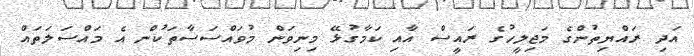
އަދި ރައްޔިތުންގެ މަޖިލީހުގެ ރައީސް އާއި ކަމާގުޅޭ މިނިވަން މުވައްސަސާތަކުން އެ މައްސަލަތައް